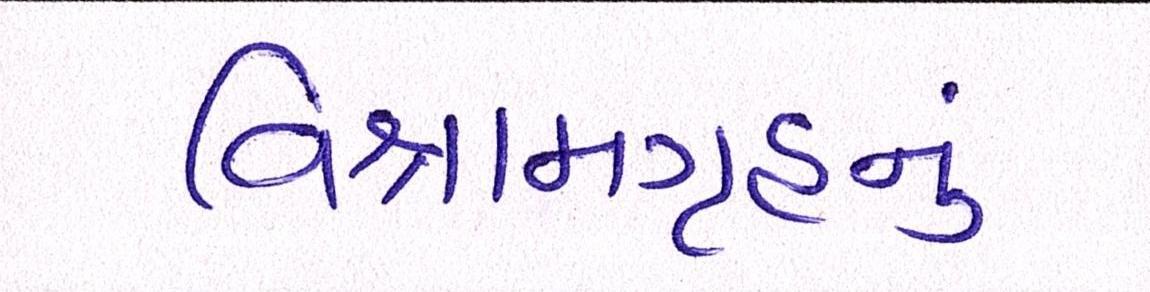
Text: વિશ્રામગૃહનું